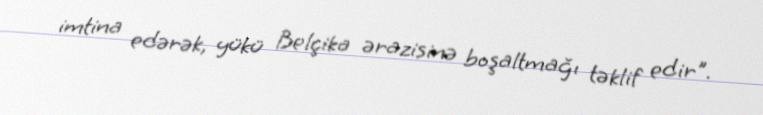
imtina edərək, yükü Belçika ərazisinə boşaltmağı təklif edir".